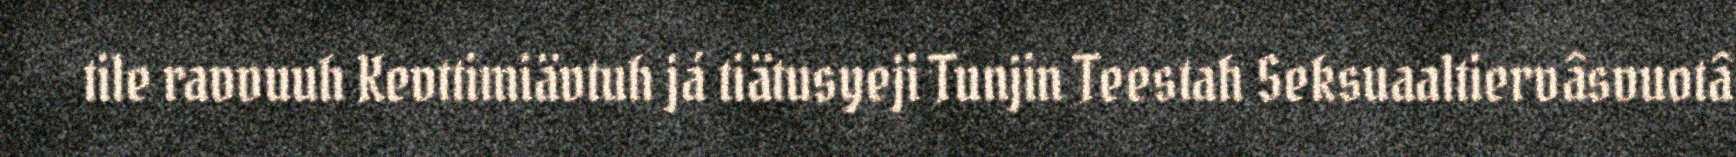
tile ravvuuh Kevttimiävtuh já tiätusyeji Tunjin Teestah Seksuaaltiervâsvuotâ